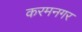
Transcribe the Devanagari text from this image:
करमनगर